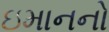
ઇમાનનો